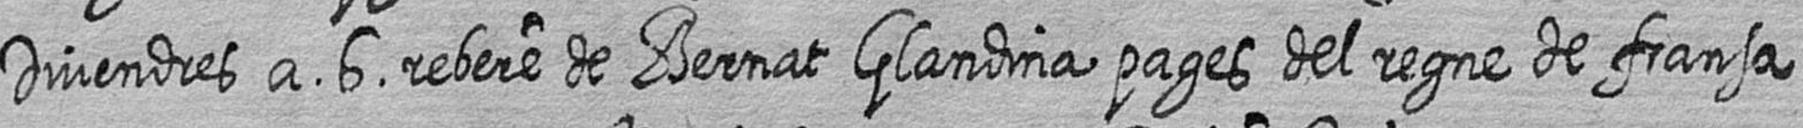
Divendres a 6 rebere de Bernat Glandina pages del regne de fransa